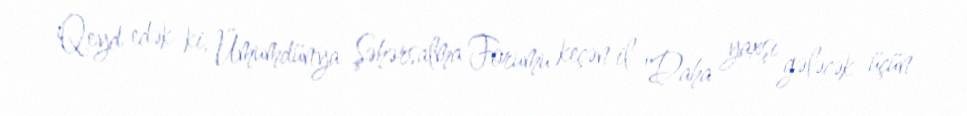
Qeyd edək ki, Ümumdünya Şəhərsalma Forumu keçən il "Daha yaxşı gələcək üçün